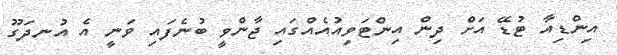
އިންޑިއާ ޓުޑޭ އަށް ދިން އިންޓަވިއުއެއްގައި ޖާންވީ ބުނެފައި ވަނީ އެ އުނދަގޫ